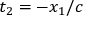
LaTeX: t _ { 2 } = - x _ { 1 } / c